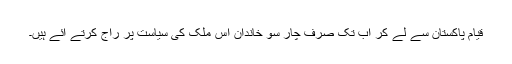
قیام پاکستان سے لے کر اب تک صرف چار سو خاندان اس ملک کی سیاست پر راج کرتے آئے ہیں۔